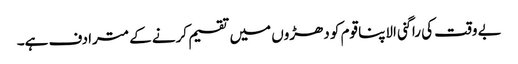
بے وقت کی راگنی الاپنا قوم کو دھڑوں میں تقسیم کرنے کے مترادف ہے۔